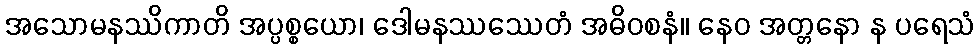
အသောမနဿိကာတိ အပ္ပစ္စယော၊ ဒေါမနဿဿေတံ အဓိဝစနံ။ နေဝ အတ္တနော န ပရေသံ